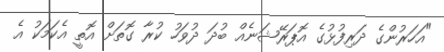
"އަހަރުންގެ ދަރިފުޅުގެ އޮޕަރޭޝަނެއް ބުދަ ދުވަހު ކުރާ ގޮތަށް އޮތީ އެކަމަކު އެ